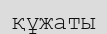
құжаты